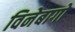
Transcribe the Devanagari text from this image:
विनेबागो